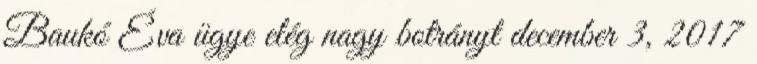
Baukó Éva ügye elég nagy botrányt december 3, 2017